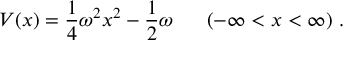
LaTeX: V ( x ) = \frac { 1 } { 4 } \omega ^ { 2 } x ^ { 2 } - \frac { 1 } { 2 } \omega ~ ~ ~ ~ ~ ( - \infty < x < \infty ) ~ .